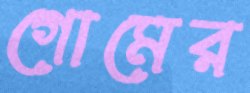
গোমের